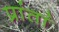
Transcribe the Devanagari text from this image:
प्रांतां